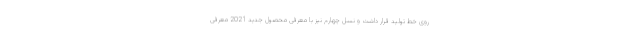
روی خط تولید قرار داشت و نسل چهارم نیز با معرفی محصول جدید 2021 معرفی